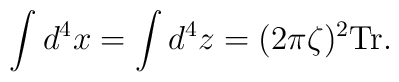
\int d^4x=\int d^4z=(2\pi\zeta)^2\mbox{Tr}.